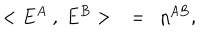
< E ^ { A } ~ , ~ E ^ { B } > ~ ~ = ~ ~ \eta ^ { A B } ,